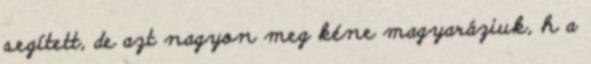
segített, de azt nagyon meg kéne magyaráziuk, h a